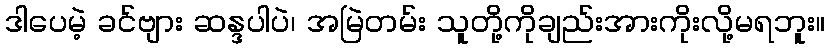
ဒါပေမဲ့ ခင်ဗျား ဆန္ဒပါပဲ၊ အမြဲတမ်း သူတို့ကိုချည်းအားကိုးလို့မရဘူး။